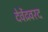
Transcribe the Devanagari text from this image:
देवेंद्रवरद